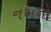
નખનો